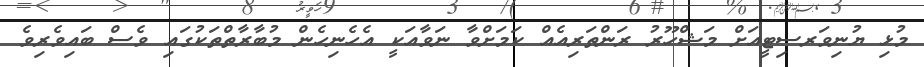
މުޅި ޔުނިވަރސިޓީއަށް މަޝްހޫރު ރަންތަރިއެއް ކަމަށްވާ ނަވާއަކީ އެހެނިހެން މުބާރާތްތަކުގައި ވެސް ބައިވެރިވެ